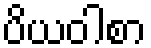
ပိယဝါစာ